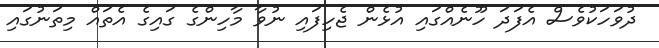
ދުވަހަކުވެސް އެފަދަ ހޫނެއްގައި އުޅެން ޖެހިފައި ނުވާ މާހިންގެ ގައިގެ އެތައް މިތަނުގައި